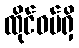
ထိုင်ဝမ်ရှိ